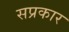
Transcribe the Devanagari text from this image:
सप्रकार